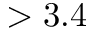
> 3 . 4